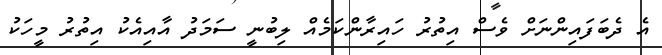
އެ ދެބަފައިންނަށް ވެސް އިތުރު ހައިރާންކަމެއް ލިބުނީ ސަމަދު އާއިއެކު އިތުރު މީހަކު